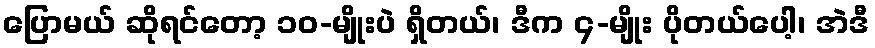
ပြောမယ် ဆိုရင်တော့ ၁၀-မျိုးပဲ ရှိတယ်၊ ဒီက ၄-မျိုး ပိုတယ်ပေါ့၊ အဲဒီ